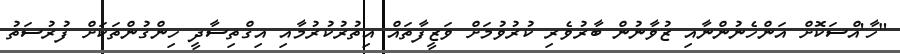
"ހާ'އްސަކޮށް އަންހެނުންނާއި ޒުވާނުން ބާރުވެރި ކުރުވުމަށް ވަޒީފާތައް އިތުރުކުރުމާއި އިގްތިސާދީ ހިންގުންތަކަށް ފުރުސަތު